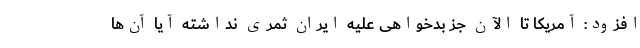
افزود: آمریکا تا الآن جز بدخواهی علیه ایران ثمری نداشته آیا آن‌ها